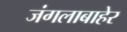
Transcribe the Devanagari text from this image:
जंगलाबाहेर